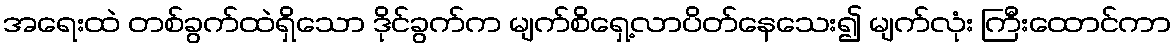
အရေးထဲ တစ်ခွက်ထဲရှိသော ဒိုင်ခွက်က မျက်စိရှေ့လာပိတ်နေသေး၍ မျက်လုံး ကြီးထောင်ကာ